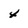
Character: 4